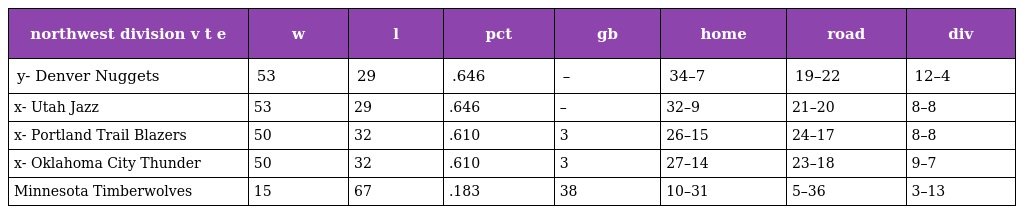
| northwest division v t e | w | l | pct | gb | home | road | div |
 | --- | --- | --- | --- | --- | --- | --- | --- |
 | y- Denver Nuggets | 53 | 29 | .646 | – | 34–7 | 19–22 | 12–4 |
 | x- Utah Jazz | 53 | 29 | .646 | – | 32–9 | 21–20 | 8–8 |
 | x- Portland Trail Blazers | 50 | 32 | .610 | 3 | 26–15 | 24–17 | 8–8 |
 | x- Oklahoma City Thunder | 50 | 32 | .610 | 3 | 27–14 | 23–18 | 9–7 |
 | Minnesota Timberwolves | 15 | 67 | .183 | 38 | 10–31 | 5–36 | 3–13 |